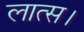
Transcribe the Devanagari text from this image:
लात्स।